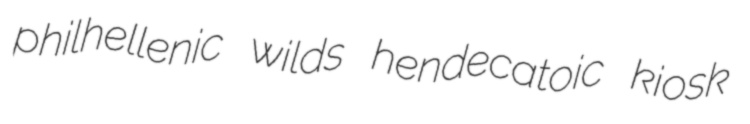
philhellenic wilds hendecatoic kiosk